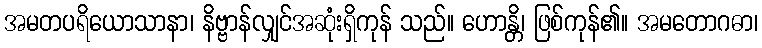
အမတပရိယောသာနာ၊ နိဗ္ဗာန်လျှင်အဆုံးရှိကုန် သည်။ ဟောန္တိ၊ ဖြစ်ကုန်၏။ အမတောဂဓာ၊